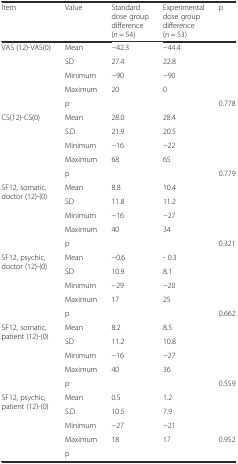
| Item | Value | Standard dose group difference (n = 54) | Experimental dose group difference (n = 53) | p |
 | --- | --- | --- | --- | --- |
 | <ROWSPAN=3> VAS (12)-VAS(0) | Mean | −42.3 | −44.4 |  |
 | SD | 27.4 | 22.8 |  |
 | Minimum | −90 | −90 |  |
 |  | Maximum | 20 | 0 |  |
 |  | p |  |  | 0.778 |
 | <ROWSPAN=4> CS(12)-CS(0) | Mean | 28.0 | 28.4 |  |
 | S.D. | 21.9 | 20.5 |  |
 | Minimum | −16 | −22 |  |
 | Maximum | 68 | 65 |  |
 |  | p |  |  | 0.779 |
 | <ROWSPAN=4> SF12, somatic, doctor (12)-(0) | Mean | 8.8 | 10.4 |  |
 | SD | 11.8 | 11.2 |  |
 | Minimum | −16 | −27 |  |
 | Maximum | 40 | 34 |  |
 |  | p |  |  | 0.321 |
 | <ROWSPAN=4> SF12, psychic, doctor (12)-(0) | Mean | −0.6 | - 0.3 |  |
 | SD | 10.9 | 8.1 |  |
 | Minimum | −29 | −20 |  |
 | Maximum | 17 | 25 |  |
 |  | p |  |  | 0.662 |
 | <ROWSPAN=4> SF12, somatic, patient (12)-(0) | Mean | 8.2 | 8.5 |  |
 | SD | 11.2 | 10.8 |  |
 | Minimum | −16 | −27 |  |
 | Maximum | 40 | 36 |  |
 |  | p |  |  | 0.559 |
 | <ROWSPAN=5> SF12, psychic, patient (12)-(0) | Mean | 0.5 | 1.2 |  |
 | S.D. | 10.5 | 7.9 |  |
 | Minimum | −27 | −21 |  |
 | Maximum | 18 | 17 | 0.952 |
 | p |  |  |  |